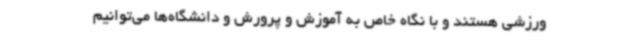
ورزشی هستند و با نگاه خاص به آموزش و پرورش و دانشگاه‌ها می‌توانیم